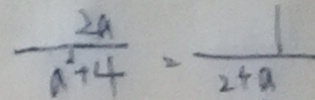
\frac { 2 a } { a ^ { 2 } + 4 } = \frac { 1 } { 2 + a }